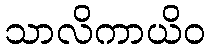
သာလိကာယိဝ